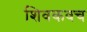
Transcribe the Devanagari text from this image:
शिवकवच